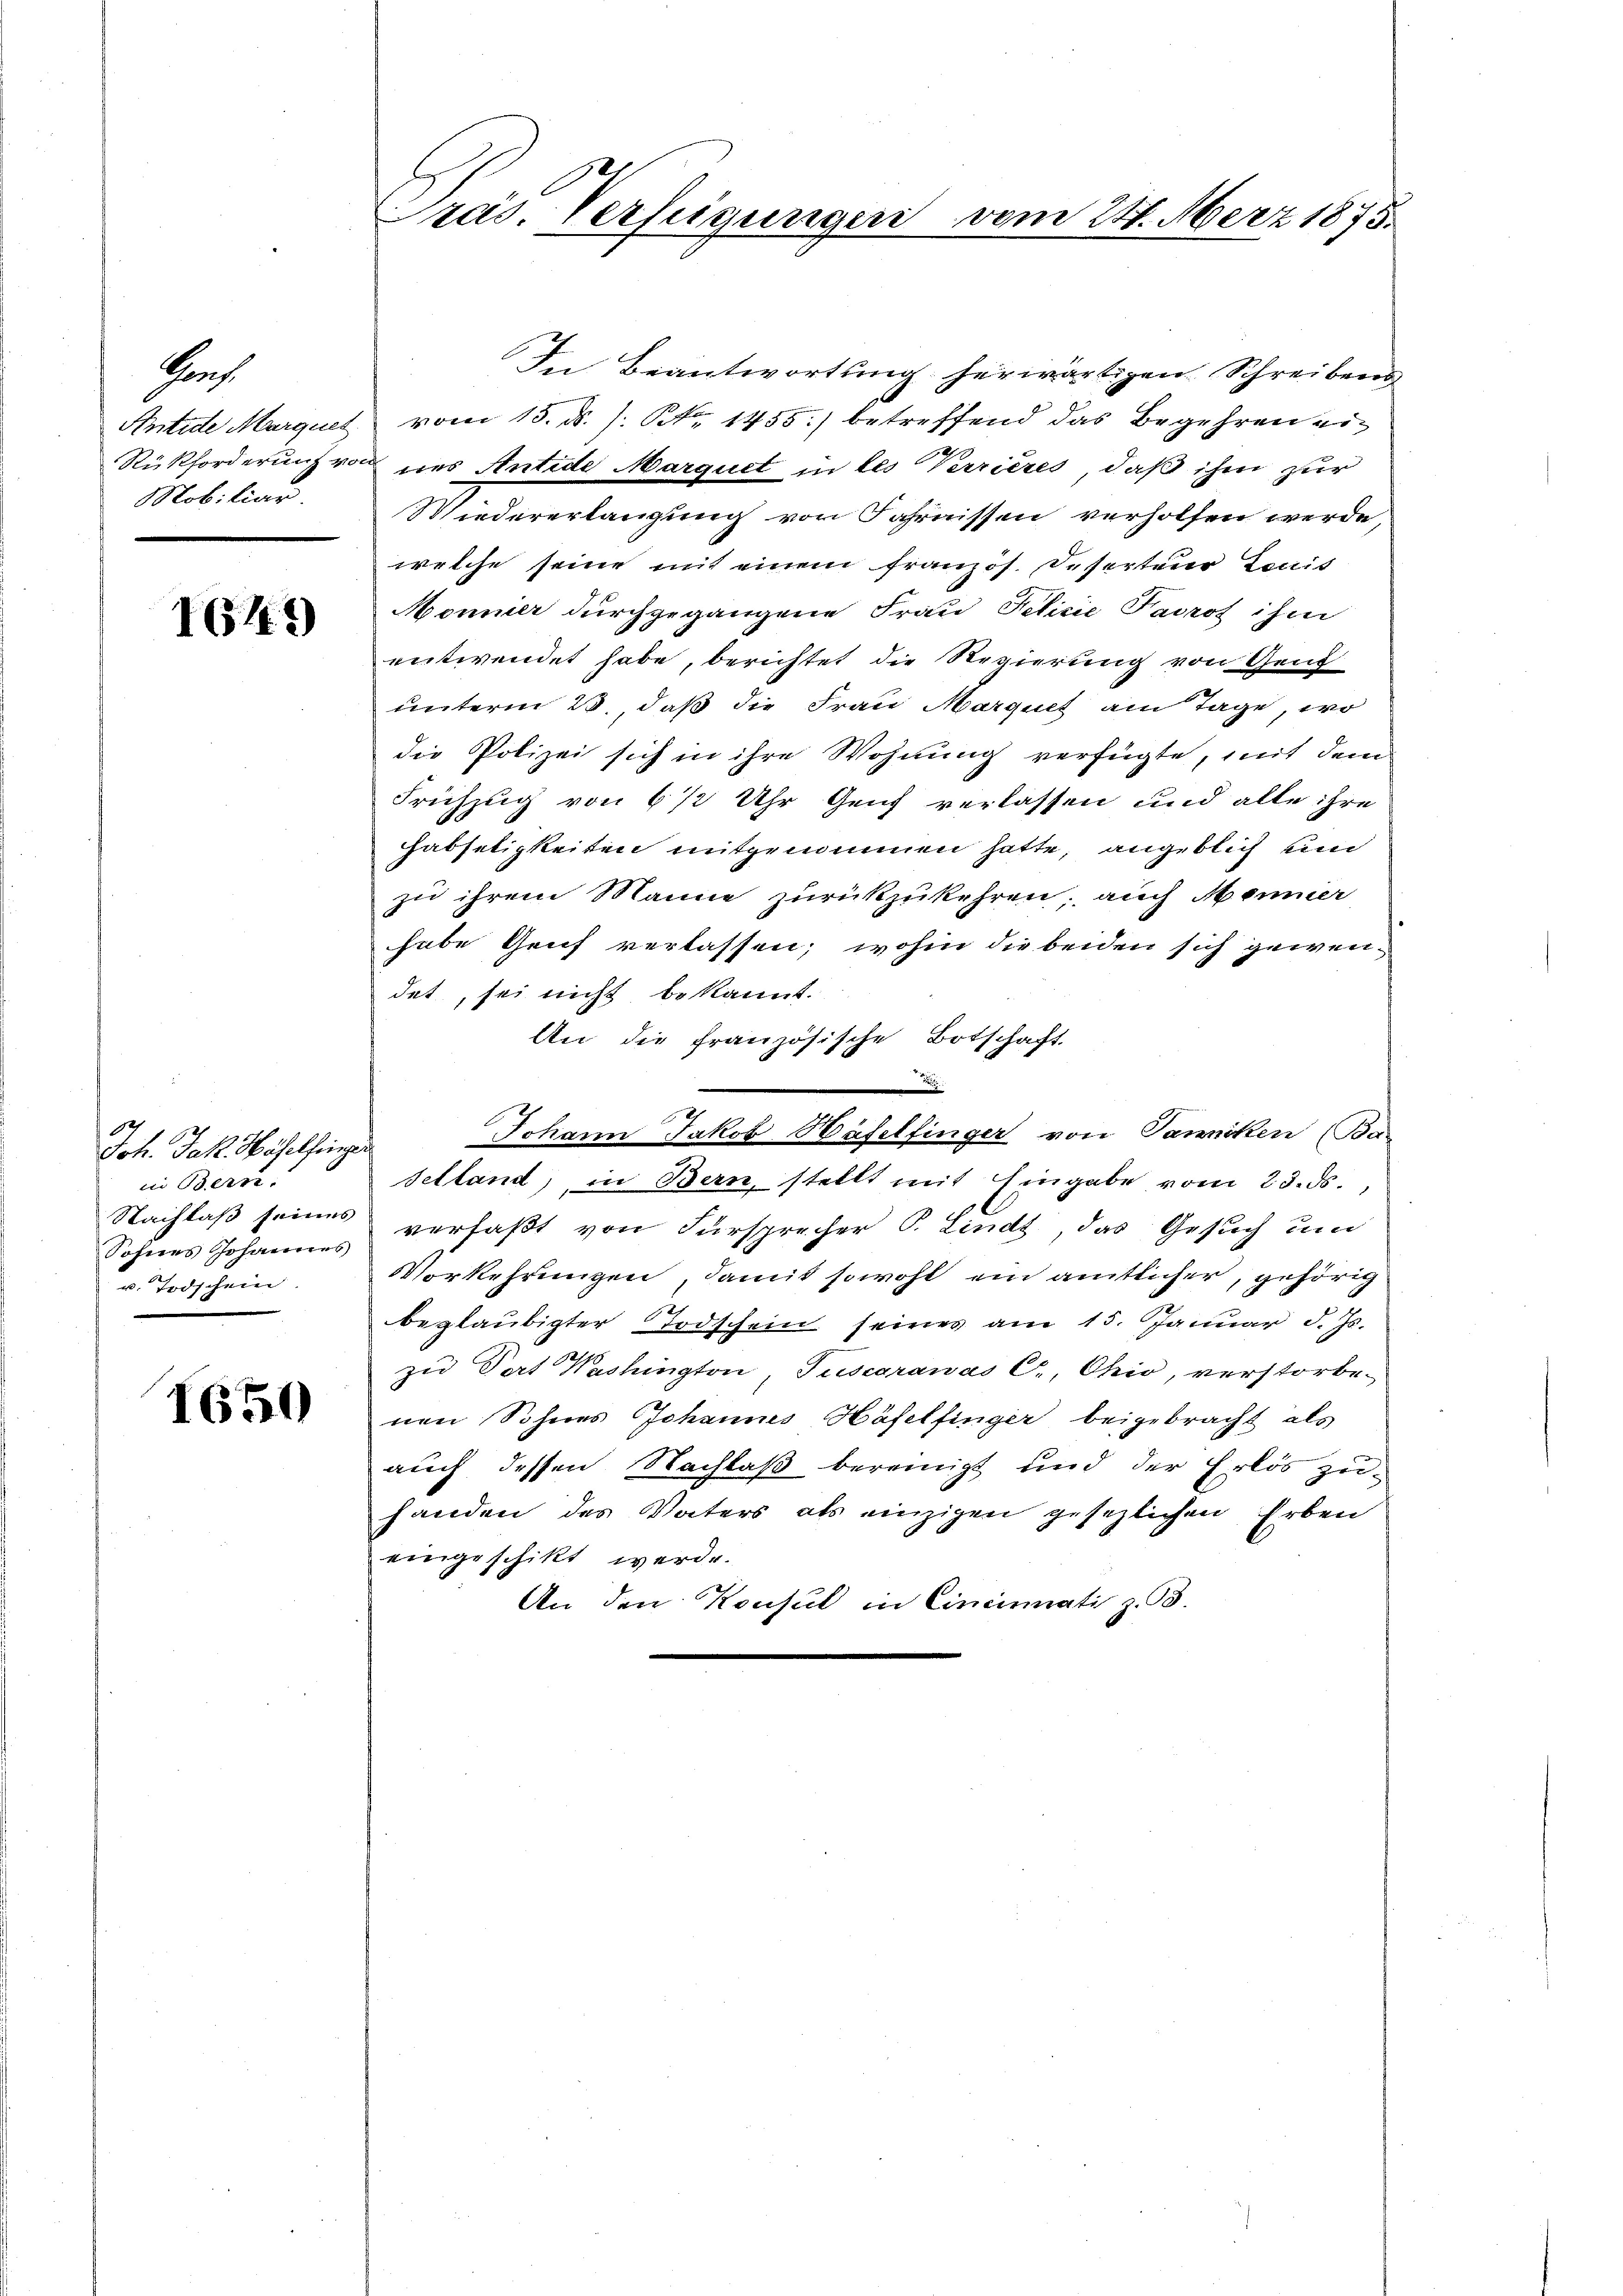
Prof
Rükforderung v.
Mobiliar.

IG47)

14
Joh. Jak. Haselfinger
in Bern.
Sohnes Johannes
u. Todschein

1650

Pras. Verfeigungen vom 24. März 1875.

In Beantwortung herwärtigen Schreibens
Antide Marquet vom 15. d. J. Nr. 1455) betreffend das Begehren ei¬
 ins Antide Marquet in les Verrières, daß ihm zur
Wiedererlangung von Jahrnissen verholfen werde,
welche seine mit einem französ. Deserteur Louis
Mommer durchgegangene Frau Felicie Patros ihm
entwendet habe, berichtet die Regierung von Gend
unterm 23., daß die Frau Marquet am Tage, wo
die Polizei sich in ihre Wohnung verfügte, mit dem
Frühzug von 6 1/2 Uhr Genf verlassen und alle ihre
Habseligkeiten mitgenommen hatte, angeblich und
zu ihrem Manne zurückzukehren; auch Meiner
habe Genf verlassen; wohin die beiden sich gewendet, sei nicht bekannt.
An die französische Botschaft
.
Johann Jakob Häfelfinger von Tawicken (Ban
Selland, in Bern, stellt mit Eingabe vom 23. ds.,
Nachlaß seines verfaßt von Fürsprecher P. Lindt, das Gesuch um
Vorkehrungen, damit sowohl ein amtlicher, gehörig
beglaubigter Todschein seines am 15. Januar d. Js.
zu Dort Washington, Tuscaranás C., Ohio, verstorbe-
nen Sohnes Johannes Häfelfinger beigebracht als
auch dessen Nachlaß bereinigt und der Erlös zuhanden des Vaters als einzigen gesezlichen Erben
eingeschikt werde.
An den Konsul in Cincinati z. B.